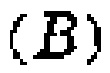
\((B)\)